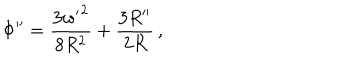
LaTeX: \Phi ^ { \prime \prime } = \frac { 3 { w ^ { \prime } } ^ { 2 } } { 8 R ^ { 2 } } + \frac { 3 R ^ { \prime \prime } } { 2 R } \, ,